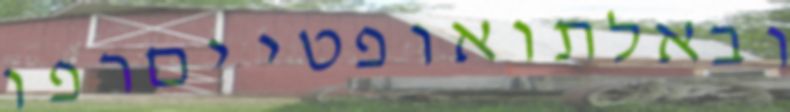
ובאלתואופטייםרפו